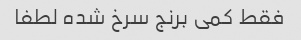
فقط کمی برنج سرخ شده لطفا